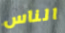
الناس